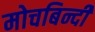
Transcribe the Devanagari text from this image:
मोचबिन्दी